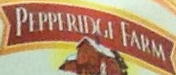
PEPPERIDGE FARM